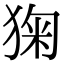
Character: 㹼